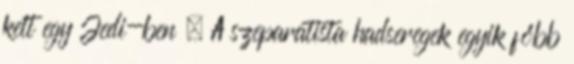
kelt egy Jedi-ben . A szeparatista hadseregek egyik főbb